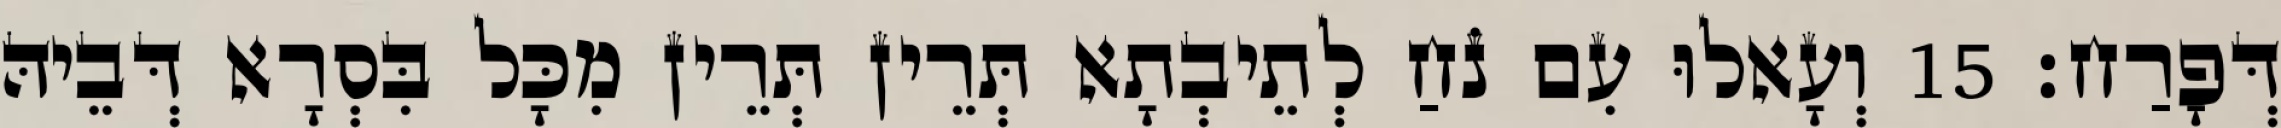
דְּפָרַח׃ 15 וְעָאלוּ עִם נֹחַ לְתֵיבְתָא תְּרֵין תְּרֵין מִכָּל בִּסְרָא דְּבֵיהּ